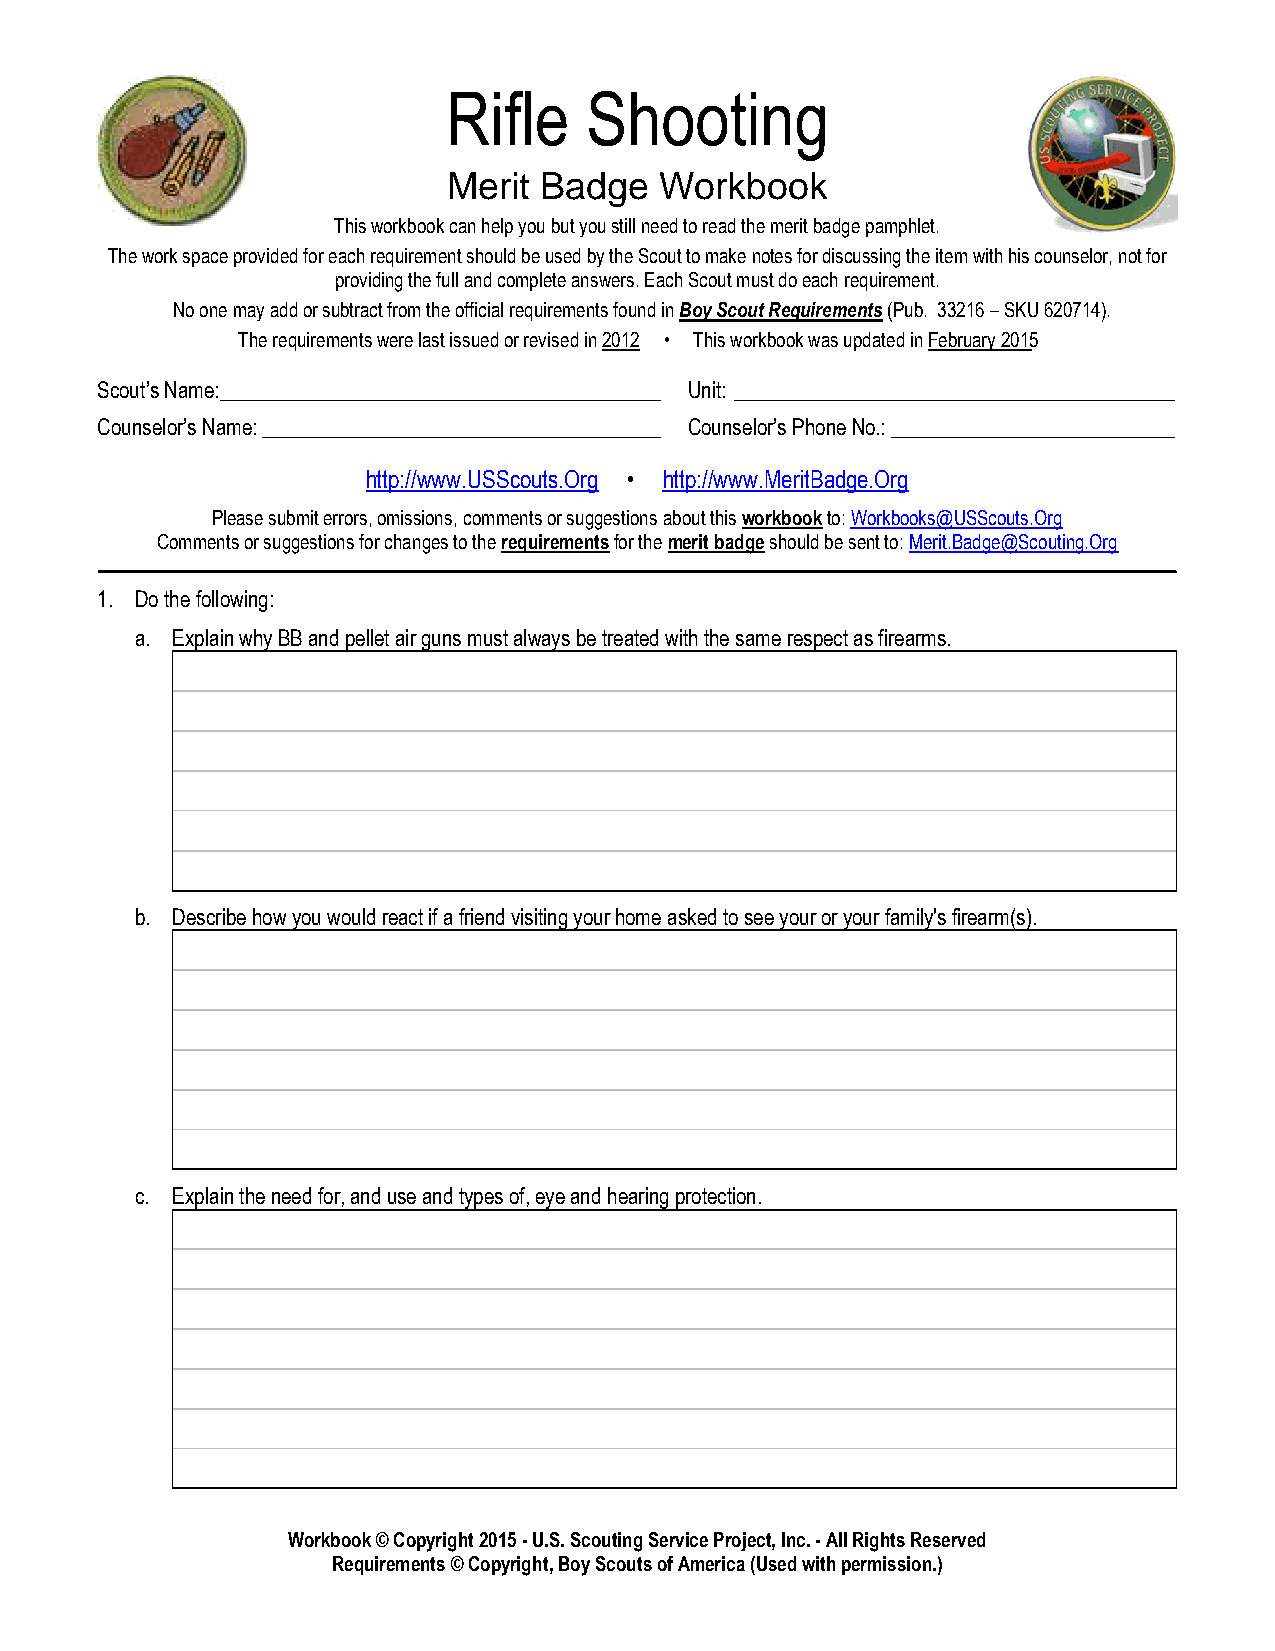
Rifle    Shooting
 Merit Badge   Workbook
 Thisworkbookcanhelpyoubutyoustillneedtoreadthemeritbadgepamphlet.
 TheworkspaceprovidedforeachrequirementshouldbeusedbytheScouttomakenotesfordiscussingtheitemwithhiscounselor,notfor
 providingthefullandcompleteanswers.EachScoutmustdoeachrequirement.
 NoonemayaddorsubtractfromtheofficialrequirementsfoundinBoyScoutRequirements(Pub. 33216–SKU 620714).
 Therequirementswerelastissuedorrevisedin2012 • Thisworkbookwasupdatedin February 2015
 Scout’sName:__________________________________________ Unit: __________________________________________
 Counselor’sName:______________________________________ Counselor’sPhoneNo.:___________________________
 http://www.USScouts.Org • http://www.MeritBadge.Org
 Pleasesubmiterrors,omissions,commentsorsuggestionsaboutthisworkbookto:Workbooks@USScouts.Org
 Commentsorsuggestionsforchangestotherequirementsforthemeritbadgeshouldbesentto:Merit.Badge@Scouting.Org
 ______________________________________________________________________________________________________________________________________________
 1. Dothefollowing:
 a. ExplainwhyBBandpelletairgunsmustalwaysbetreatedwiththesamerespectasfirearms.
 b. Describehowyouwouldreactifafriendvisitingyourhomeaskedtoseeyouroryourfamily'sfirearm(s).
 c. Explaintheneedfor,anduseandtypesof,eyeandhearingprotection.
 Workbook©Copyright2015-U.S.ScoutingServiceProject,Inc.-AllRightsReserved
 Requirements©Copyright,BoyScoutsofAmerica(Usedwithpermission.)